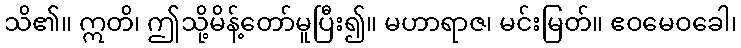
သိ၏။ ဣတိ၊ ဤသို့မိန့်တော်မူပြီး၍။ မဟာရာဇ၊ မင်းမြတ်။ ဧဝမေဝခေါ၊